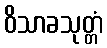
ဝိသာခသုတ္တံ